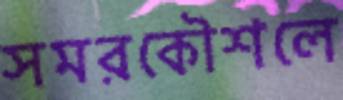
সমরকৌশলে